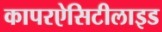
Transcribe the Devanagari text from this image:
कापरऐसिटीलाइड